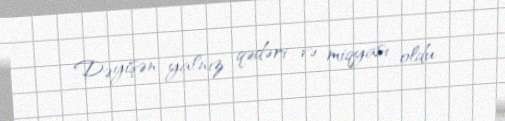
Dəyişən yalnız qədəri və miqyası oldu..